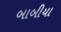
બાબીયા